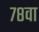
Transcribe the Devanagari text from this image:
७८वा